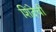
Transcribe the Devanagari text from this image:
शिंदेची